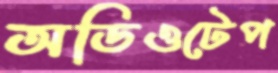
অডিওটেপ